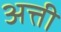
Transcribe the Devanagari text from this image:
अत्ती